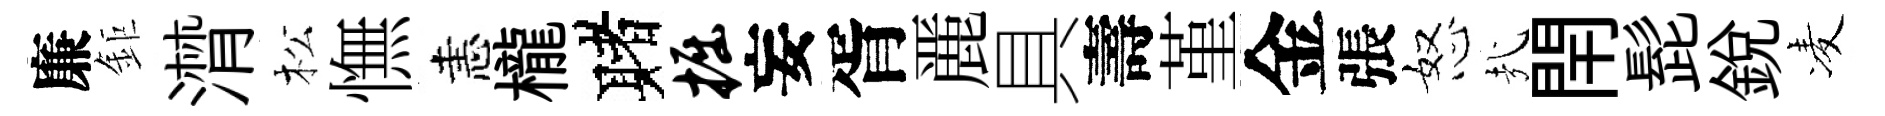
廉鉅潸松憮恚櫳赌掘妄胥䴡具壽堇金張怒㢤閈髭銳凌